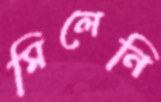
মিলেনি